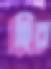
হির